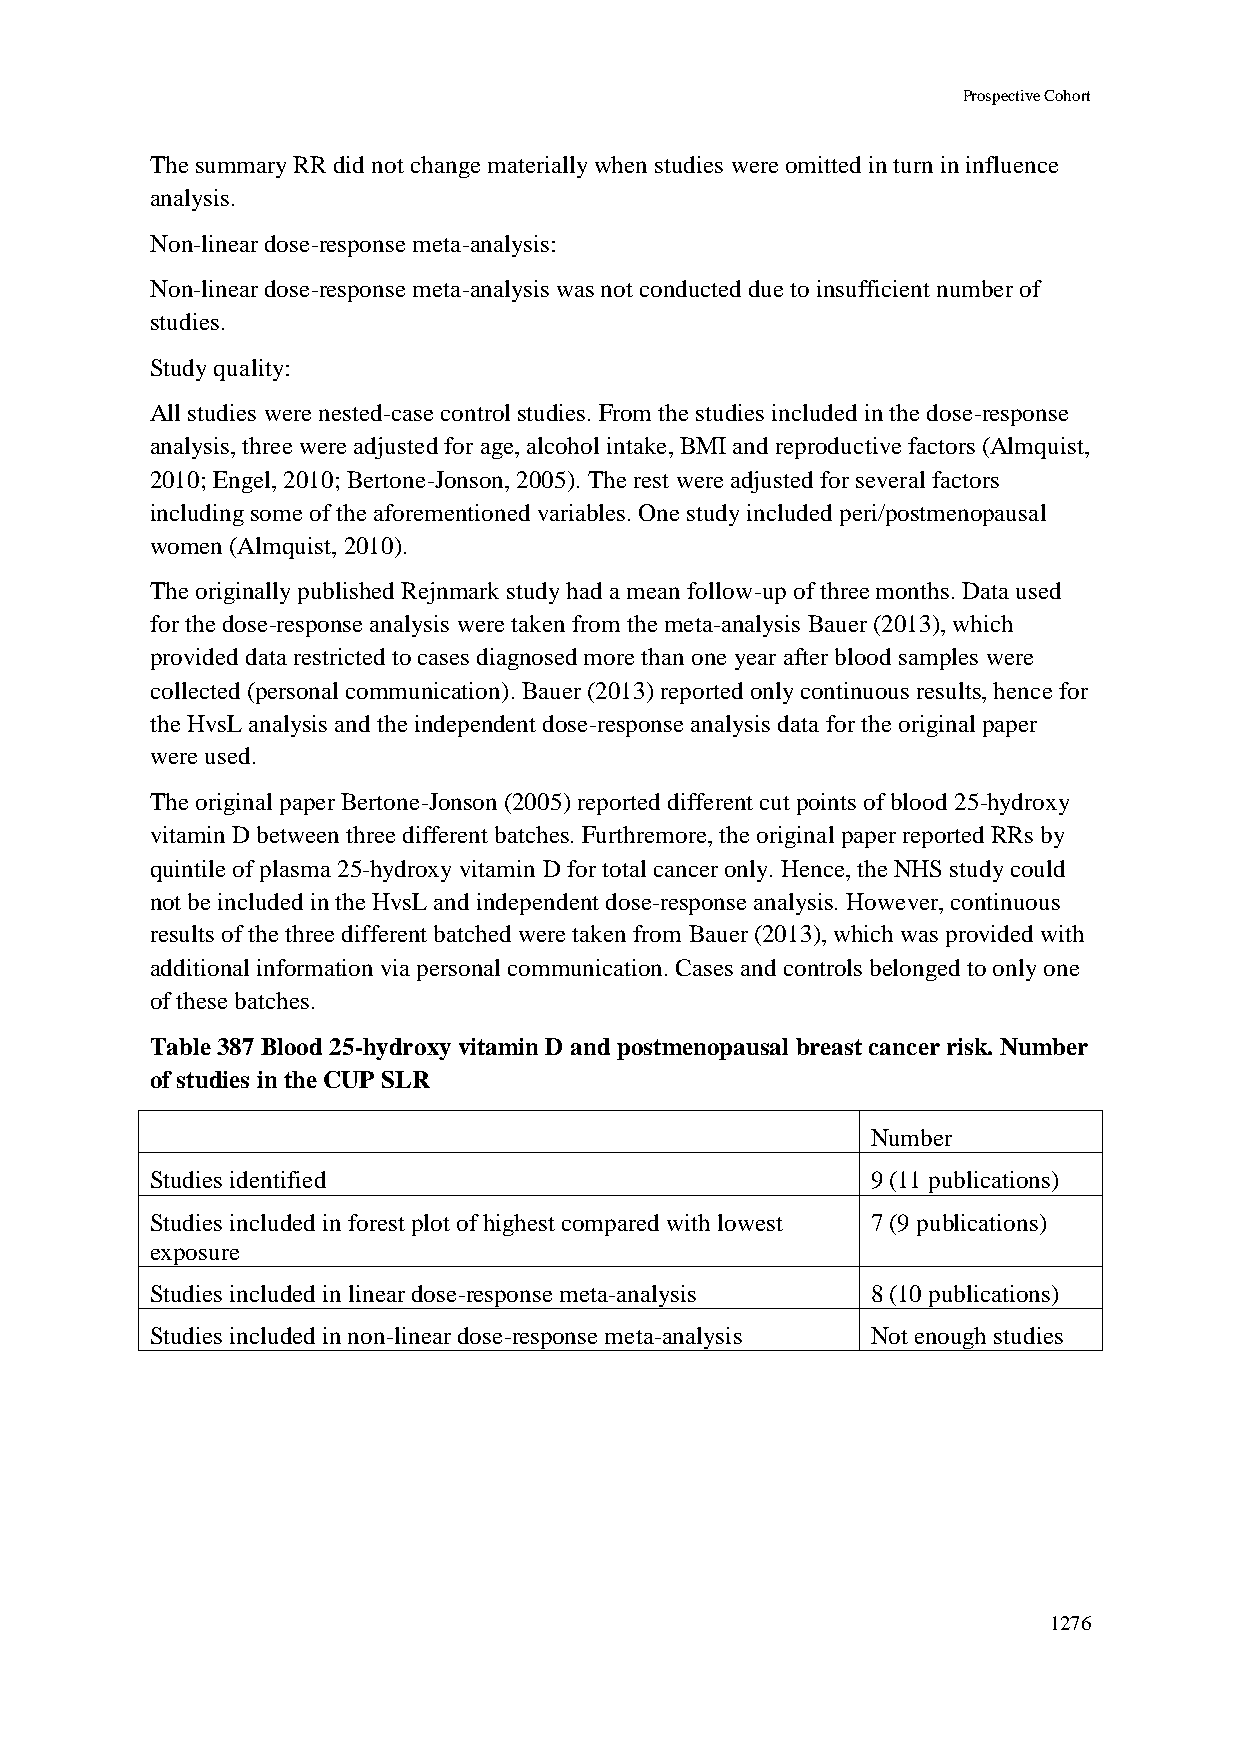
Prospective Cohort
 The summary RR did not change materially when studies were omitted in turn in influence
 analysis.
 Non-linear dose-response meta-analysis:
 Non-linear dose-response meta-analysis was not conducted due to insufficient number of
 studies.
 Study quality:
 All studies were nested-case control studies. From the studies included in the dose-response
 analysis, three were adjusted for age, alcohol intake, BMI and reproductive factors (Almquist,
 2010; Engel, 2010; Bertone-Jonson, 2005). The rest were adjusted for several factors
 including some of the aforementioned variables. One study included peri/postmenopausal
 women (Almquist, 2010).
 The originally published Rejnmark study had a mean follow-up of three months. Data used
 for the dose-response analysis were taken from the meta-analysis Bauer (2013), which
 provided data restricted to cases diagnosed more than one year after blood samples were
 collected (personal communication). Bauer (2013) reported only continuous results, hence for
 the HvsL analysis and the independent dose-response analysis data for the original paper
 were used.
 The original paper Bertone-Jonson (2005) reported different cut points of blood 25-hydroxy
 vitamin D between three different batches. Furthremore, the original paper reported RRs by
 quintile of plasma 25-hydroxy vitamin D for total cancer only. Hence, the NHS study could
 not be included in the HvsL and independent dose-response analysis. However, continuous
 results of the three different batched were taken from Bauer (2013), which was provided with
 additional information via personal communication. Cases and controls belonged to only one
 of these batches.
 Table 387 Blood 25-hydroxy vitamin D and postmenopausal breast cancer risk. Number
 of studies in the CUP SLR
 Number
 Studies identified                              9 (11 publications)
 Studies included in forest plot of highest compared with lowest 7 (9 publications)
 exposure
 Studies included in linear dose-response meta-analysis 8 (10 publications)
 Studies included in non-linear dose-response meta-analysis Not enough studies
 1276